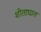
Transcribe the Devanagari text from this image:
शीताघात